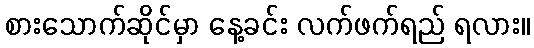
စားသောက်ဆိုင်မှာ နေ့ခင်း လက်ဖက်ရည် ရလား။